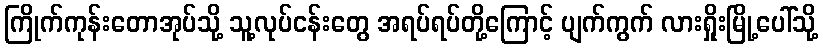
ကြိုက်ကုန်းတောအုပ်သို့ သူ့လုပ်ငန်းတွေ အရပ်ရပ်တို့ကြောင့် ပျက်ကွက် လားရှိုးမြို့ပေါ်သို့